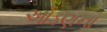
ઓડણના